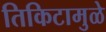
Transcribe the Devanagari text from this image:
तिकिटामुळे